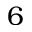
6